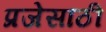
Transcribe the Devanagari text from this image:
प्रजेसाठी